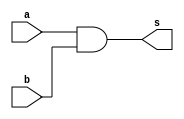
//-- Miller - 449048
//-- Arquitetura de Coputadores
//-- Professor Theldo
//-- Guia 03
//-- Exercicio 1

module P1 ( output[3:0]s,
            input[3:0]a,
            input[3:0]b );
				
assign s = a & b;
endmodule


module P2 ( output[3:0]t,
				input[3:0]p,
				input[3:0]q );

assign t = p | q;
endmodule 

module exec1;

reg	[3:0] x; 
reg	[3:0] y; 
wire	[3:0] z;
wire	[3:0] w;
 
P1 modulo1(w, x, y);
P2 modulo(z, x, y); 
 
initial begin:start
x=0; y=0;
end
 
initial begin 
$display("Miller - 449048"); 
$display("Guia 3 - Exercicio 1");
$display("Alguns testes...");
$monitor("( AND %b & %b = %b ) e ( OR %b | %b = %b )", x, y, w, x, y, z); 


#1	x = 4'b0000;	y = 4'b0000;
#1	x = 4'b1110;	y = 4'b0001;
#1	x = 4'b1111;	y = 4'b0010;
#1	x = 4'b0011;	y = 4'b0011;
#1	x = 4'b0100;	y = 4'b0100;
#1	x = 4'b0010;	y = 4'b0101;
#1	x = 4'b1010;	y = 4'b0110;
#1	x = 4'b0110;	y = 4'b0111;
#1	x = 4'b0111;	y = 4'b1000;
#1	x = 4'b1001;	y = 4'b1001;
#1	x = 4'b1101;	y = 4'b1010;
#1	x = 4'b1011;	y = 4'b1011;
#1	x = 4'b1100;	y = 4'b1100;
#1	x = 4'b1000;	y = 4'b1101;
#1	x = 4'b0101;	y = 4'b1110;
#1	x = 4'b0001;	y = 4'b1111;
 
end 
 
endmodule